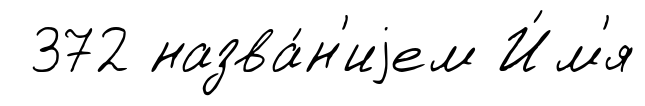
372 назва́н'иjем И́м'я